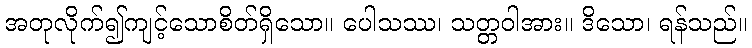
အတုလိုက်၍ကျင့်သောစိတ်ရှိသော။ ပေါသဿ၊ သတ္တဝါအား။ ဒိသော၊ ရန်သည်။